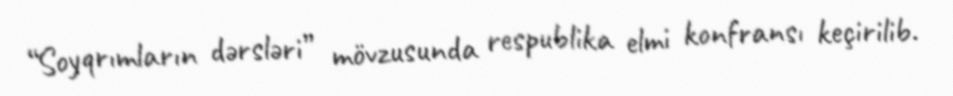
“Soyqrımların dərsləri” mövzusunda respublika elmi konfransı keçirilib.